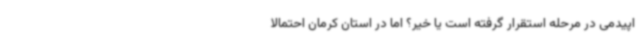
اپیدمی در مرحله استقرار گرفته است یا خیر؟ اما در استان کرمان احتمالا